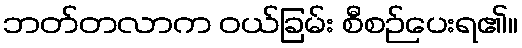
ဘတ်တလာက ဝယ်ခြမ်း စီစဉ်ပေးရ၏။